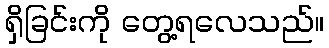
ရှိခြင်းကို တွေ့ရလေသည်။